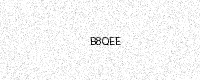
Text: B8QEE